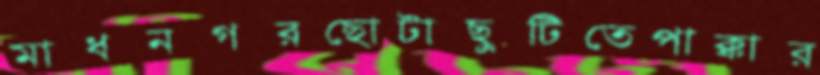
মাধনগরছোটাছুটিতেপাক্কার